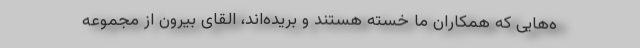
ه‌هایی که همکاران ما خسته هستند و بریده‌اند، القای بیرون از مجموعه